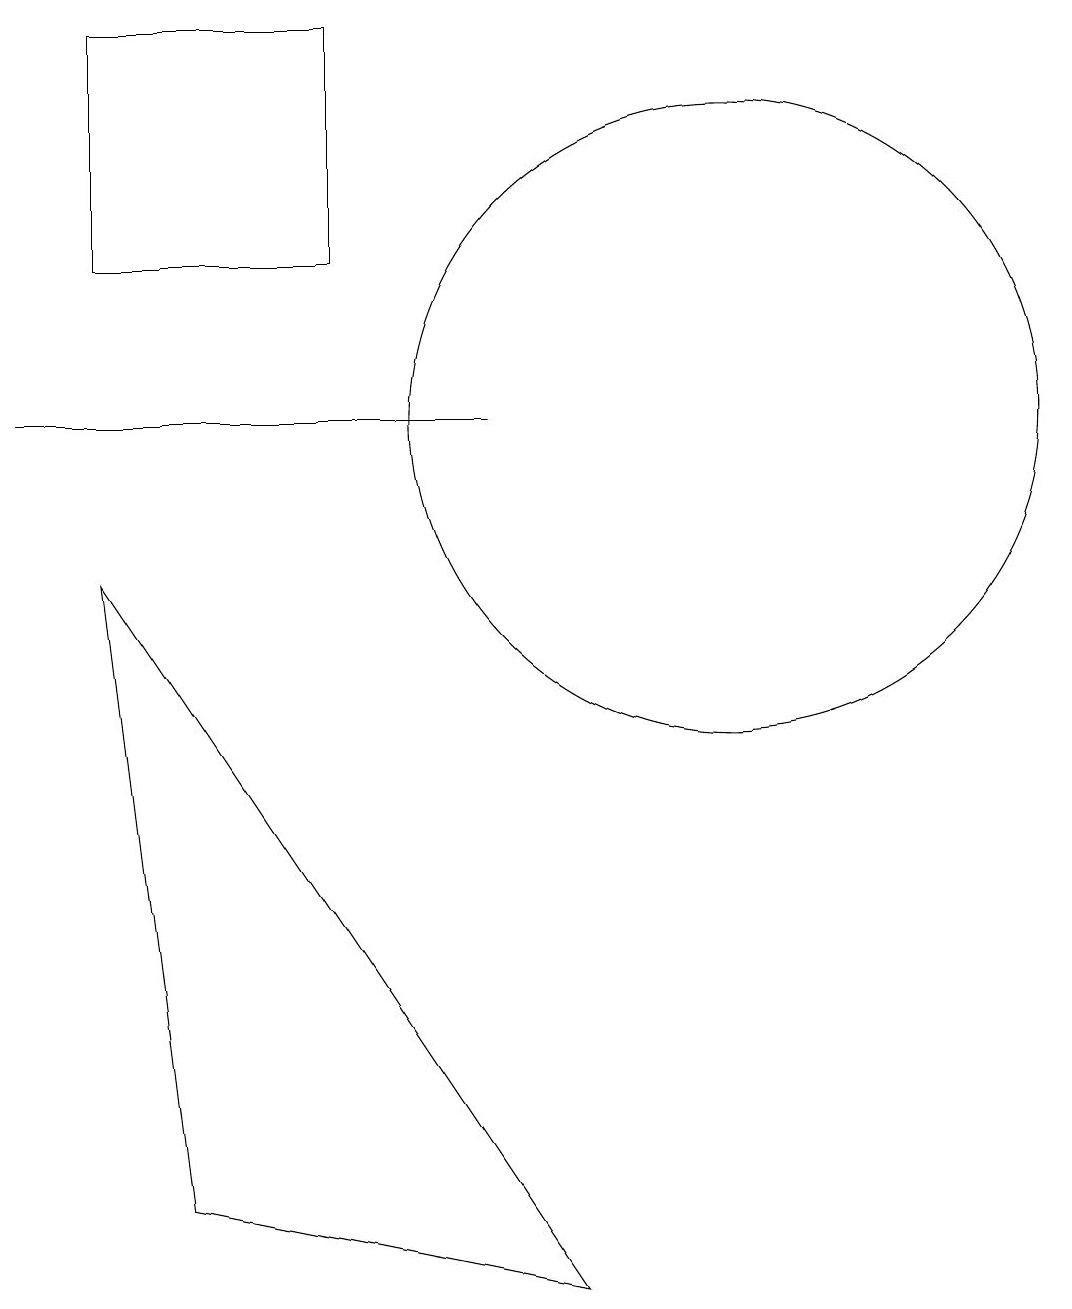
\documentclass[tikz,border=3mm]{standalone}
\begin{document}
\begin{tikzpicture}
\draw (8,11) rectangle (2,11);
\draw (9,0) -- (4,1) -- (3,9) -- cycle;
\draw (11,11) circle (4);
\draw (6,13) rectangle (3,16);
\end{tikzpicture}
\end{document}